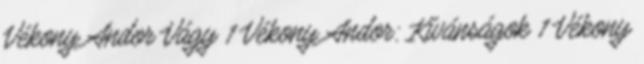
Vékony Andor Vágy 1 Vékony Andor: Kívánságok 1 Vékony